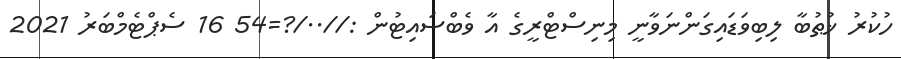
ހުކުރު ޚުޠުބާ ލިބިވަޑައިގަންނަވާނީ މިނިސްޓްރީގެ އާ ވެބްސައިޓުން ://../?=54 16 ސެޕްޓެމްބަރު 2021